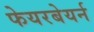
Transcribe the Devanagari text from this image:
फेयरबेयर्न